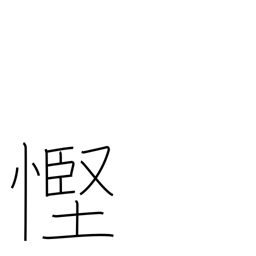
Meaning: stinginess